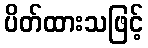
ပိတ်ထားသဖြင့်